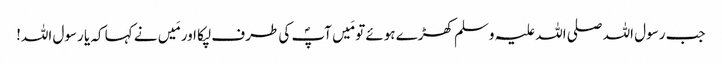
جب رسول اللہ صلی اللہ علیہ وسلم کھڑے ہوئے تو مَیں آپؐ کی طرف لپکا اور مَیں نے کہا کہ یا رسول اللہ!